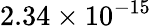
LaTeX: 2.34\times 10^{-15}